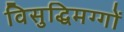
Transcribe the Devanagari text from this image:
विसुद्धिमग्गों